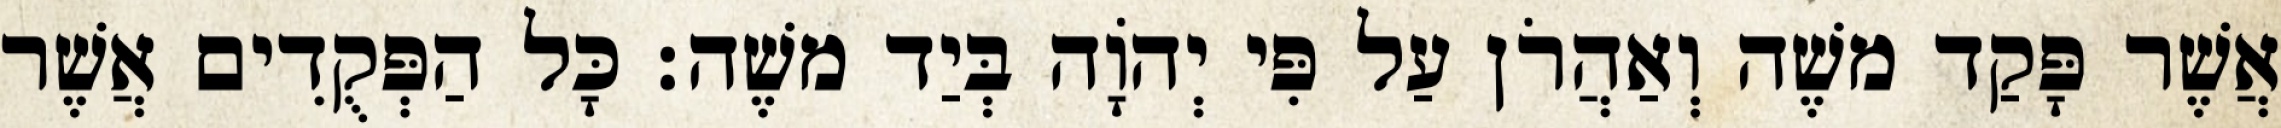
אֲשֶׁר פָּקַד משֶׁה וְאַהֲרֹן עַל פִּי יְהוָֹה בְּיַד משֶׁה׃ כָּל הַפְּקֻדִים אֲשֶׁר